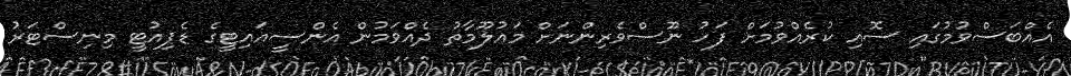
އެއްބަސްވުމުގައި ސޮއި ކުރެއްވުމަށް ފަހު ނޫސްވެރިންނަށް މައުލޫމާތު ދެއްވަމުން އެންސީއައިޓީގެ ޑެޕިއުޓީ މިނިސްޓަރު